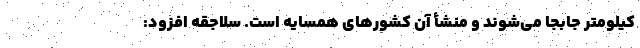
کیلومتر جابجا می‌شوند و منشأ آن کشورهای همسایه است. سلاجقه افزود: